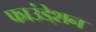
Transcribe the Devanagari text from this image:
फाउंडे्शन